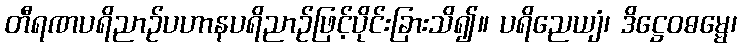
တီရဏပရိညာဉ်ပဟာနပရိညာဉ်ဖြင့်ပိုင်းခြားသိ၍။ ပရိညေယျံ၊ ဒိဋ္ဌေဝဓမ္မေ၊